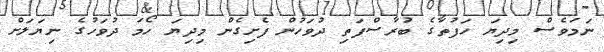
ނަމަވެސް މިދިޔަ ހަފުތާގެ ބުރާސްފަތި ދުވަހުން ފެށިގެން މިދިޔަ ހޯމަ ދުވަހުގެ ނިޔަލަށް